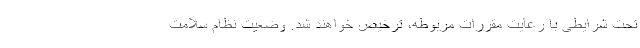
تحت شرایطی با رعایت مقررات مربوطه، ترخیص خواهند شد. وضعیت نظام سلامت